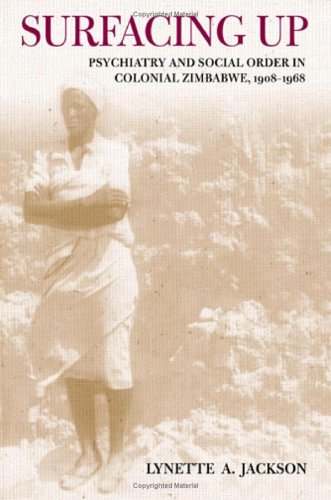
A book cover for Surfacing Up: Psychiatry and Social Order in Colonial Zimbabwe, 1908-1968 (Cornell Studies in the History of Psychiatry); Lynette A. Jackson; History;